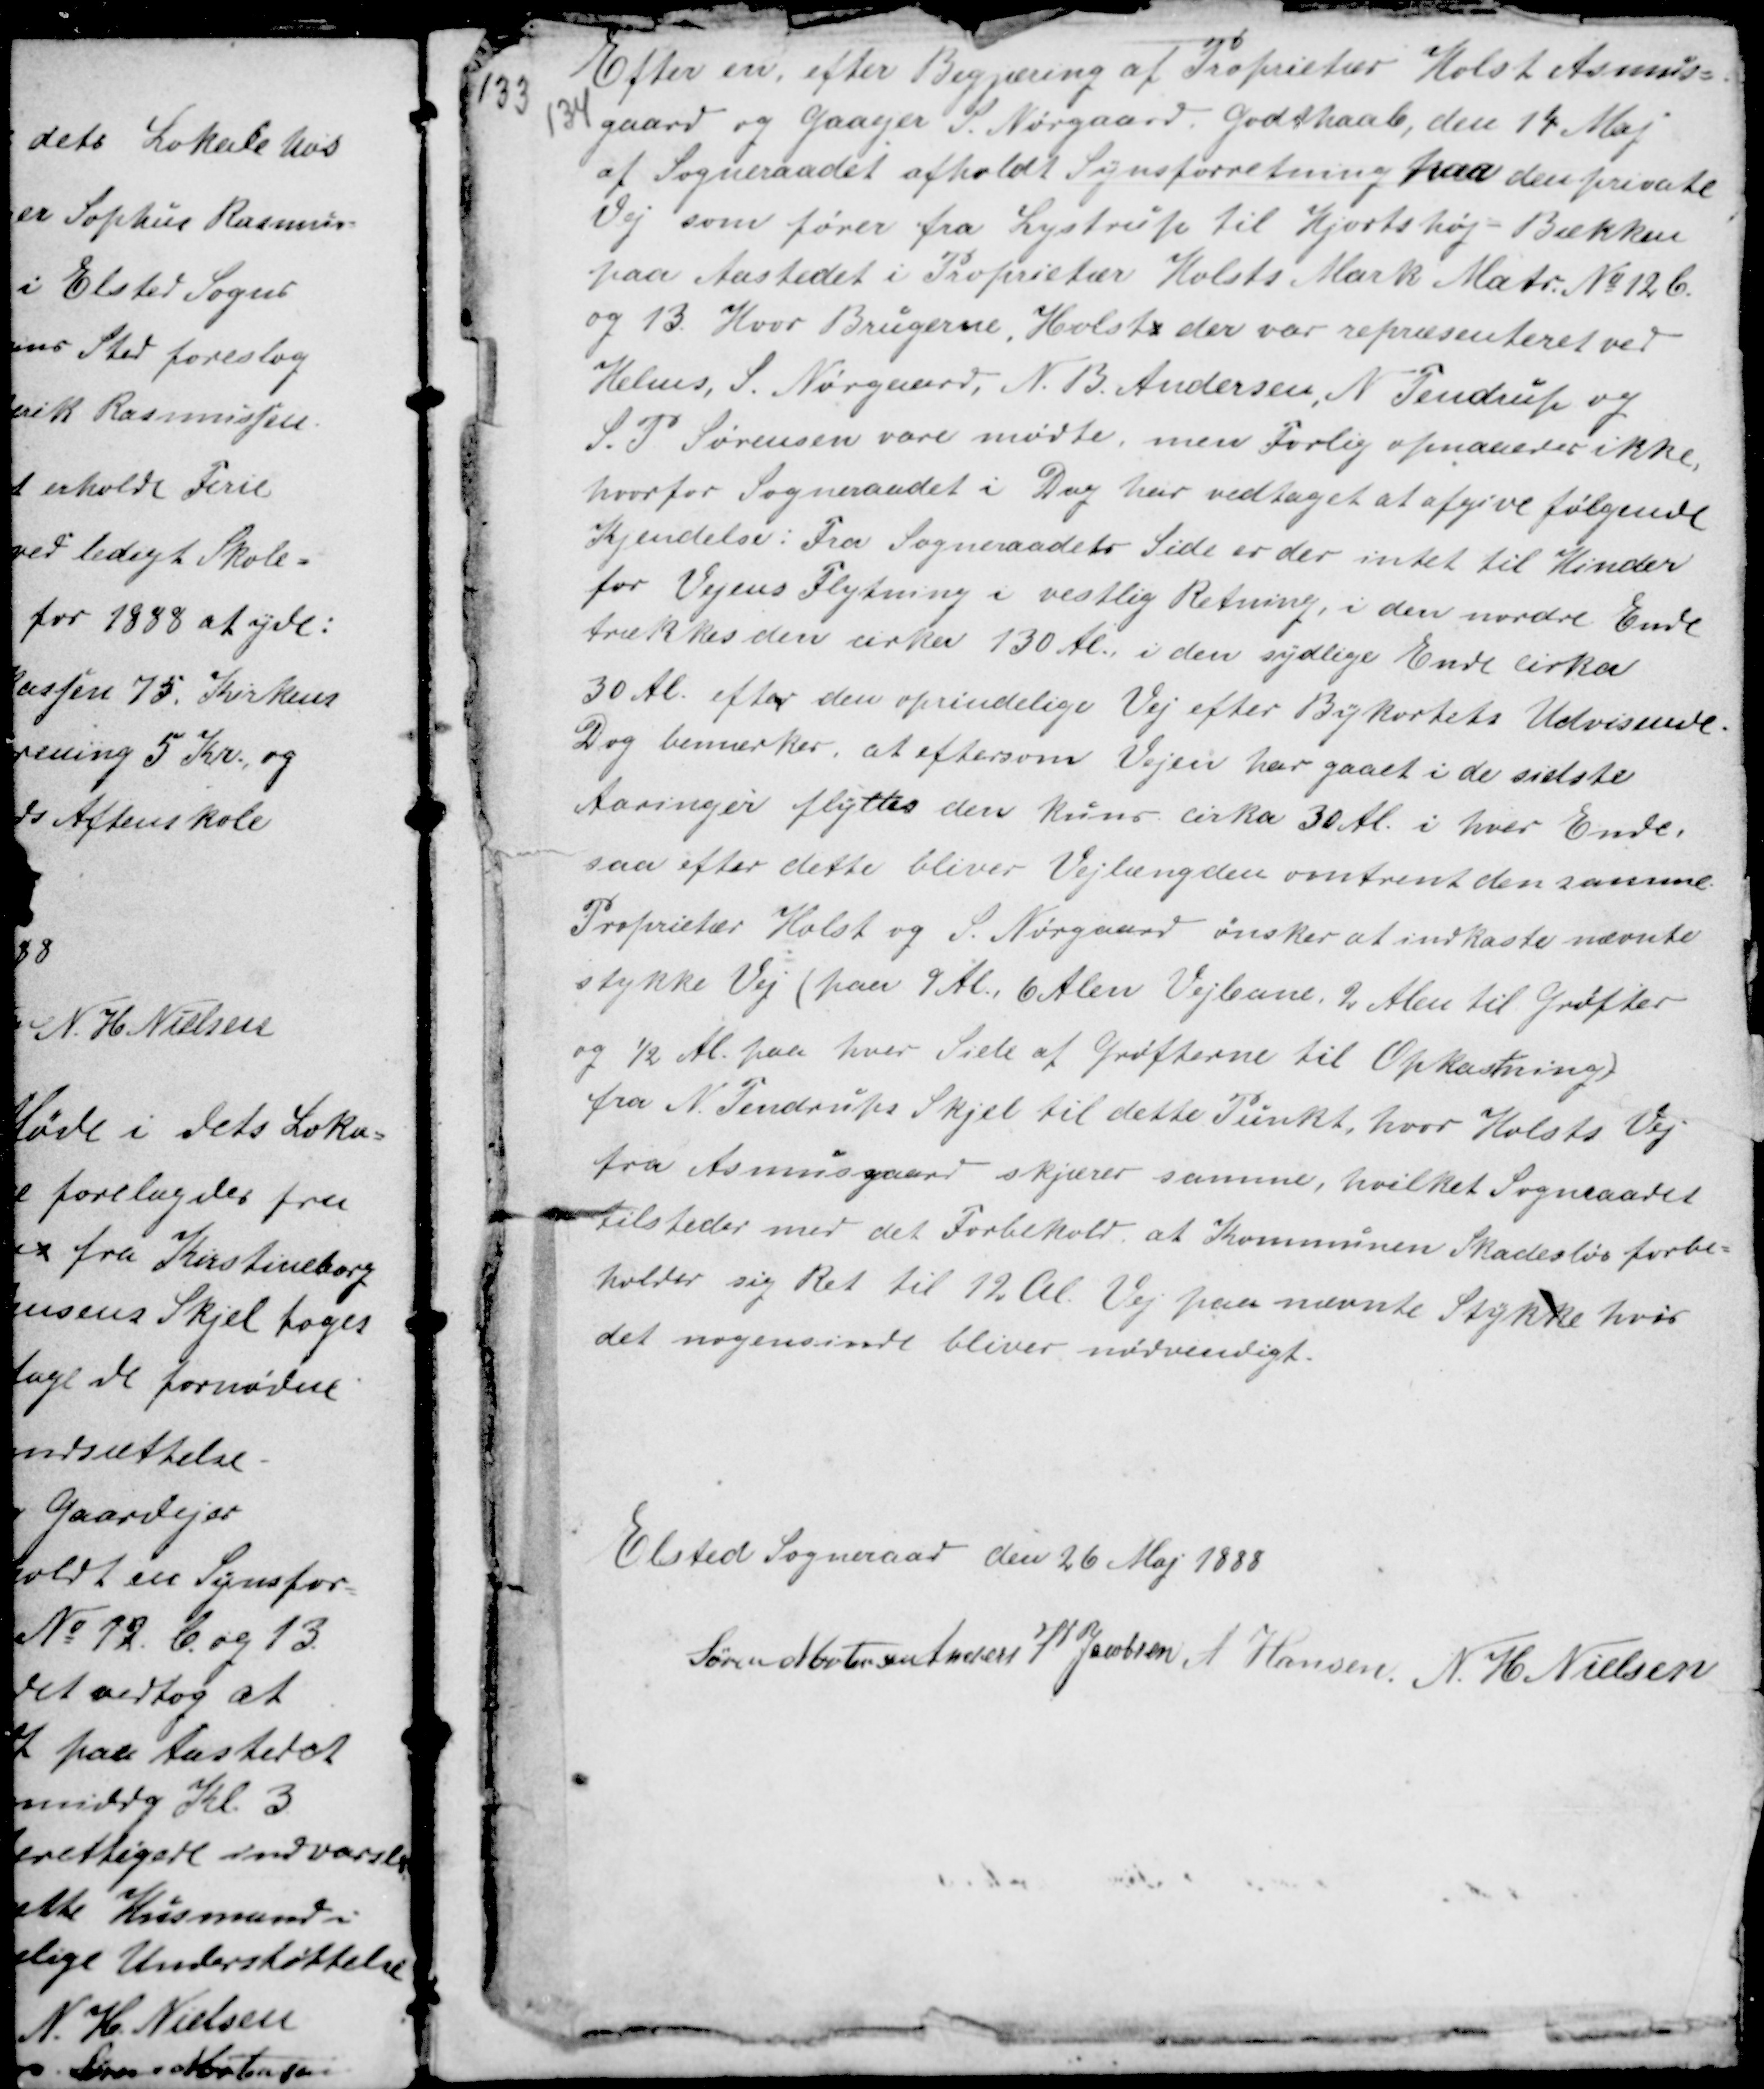
Transskription:
Efter en efter Begjæring af Proprietær Holst Asmus-
gaard og Gaardejer S. Nørgaard. Godthaab, den 14 Maj
af Sogneraadet afholdt Synsforretning paa den private
Vej som fører fra Lystrup til Hjortshøj - Bækken
paa Aastedet i Proprietær Holsts Mark Matr No 12b.
og 13. Hvor Brugerne, Holsts der var repræsenteret ved
Helms, S. Nørgaard, N. B. Andersen, N Tendrup og
S.P Sørensen vare mødte, men Forlig opnaaedes ikke,
hvorfor Sogneraadet i Dag har vedtaget at afgive følgende
Kjendelse : Fra Sogneraadets Side er der intet til Hinder
for Vejens Flytning i vestlig Retning, i den nordre Ende
trækkes den cirka 130 Al., i den sydlige Ende cirka
30 Al. efter den oprindelige Vej efter Bykortets Udvisende.
Dog bemærkes, at eftersom Vejen har gaaet i de sidste
Aaringer flyttes den kuns cirka 30 Al. i hver Ende,
saa efter dette bliver Vejlængden omtrent den samme
Proprietær Holst og S. Nørgaard ønsker at indkaste nævnte
stykke Vej ( paa 9 Al. 6 Alen Vejbane 2 Alen til Grøfter
og ½ Al. paa hver Side af Grøfterne til Opkastning )
fra N. Tendrups Skjel til dette Punkt, hvor Holsts Vej
fra Asmusgaard skjærer samme, hvilket Sogneraadet
tilsteder med det Forbehold at Kommunen Skadesløs forbe-
holder sig Ret til 12 Al. Vej paa nævnte Stykke hvis
det nogensinde bliver nødvendigt.

Elsted Sogneraad den 26 Maj 1888
Søren Mortensen Anders P Jacobsen A Hansen N. H Nielsen